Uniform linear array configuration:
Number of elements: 64
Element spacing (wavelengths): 0.75
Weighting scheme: uniform
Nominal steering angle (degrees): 60
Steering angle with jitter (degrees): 58.044
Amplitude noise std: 0.05
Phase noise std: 0.05

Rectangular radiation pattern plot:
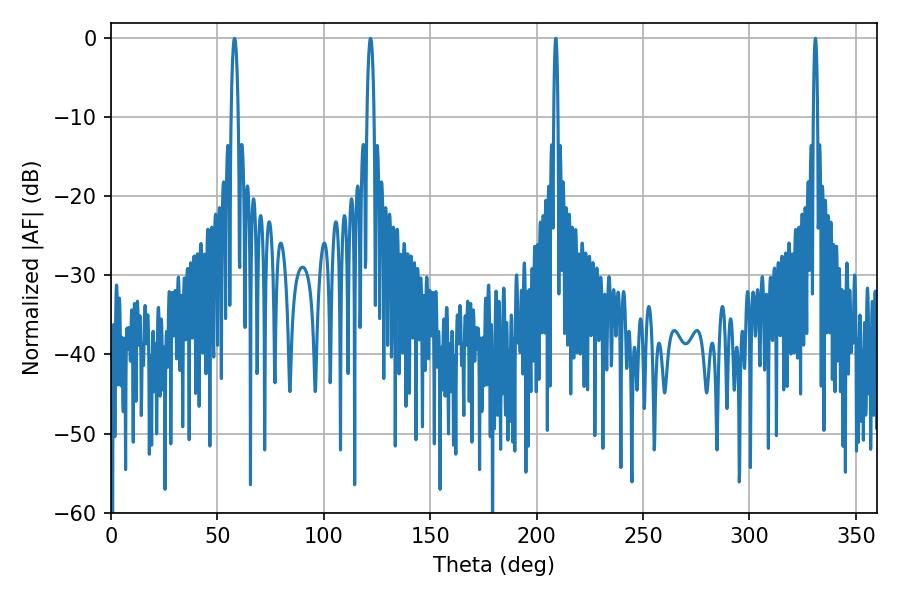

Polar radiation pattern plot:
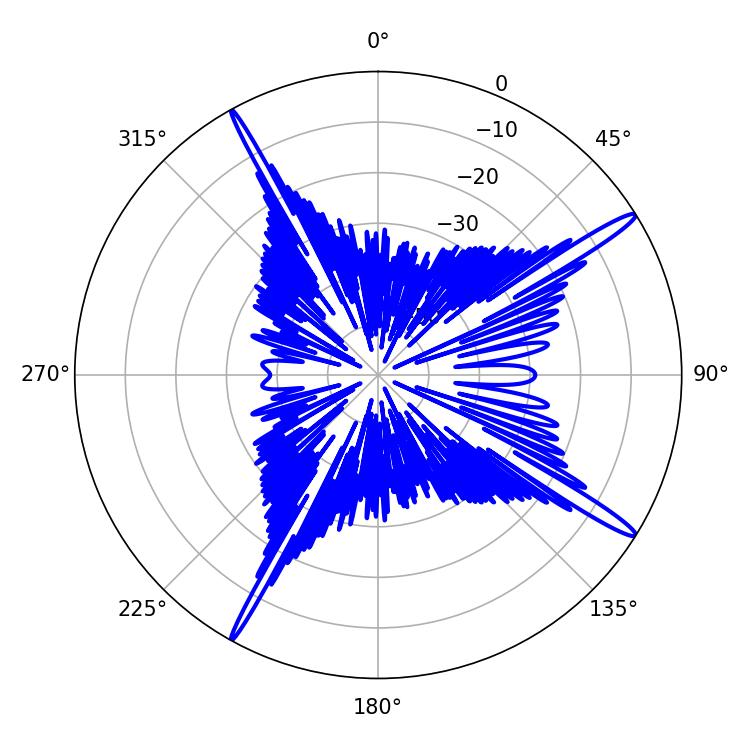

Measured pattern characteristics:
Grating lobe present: TRUE
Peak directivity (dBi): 16.603
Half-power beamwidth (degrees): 1.08
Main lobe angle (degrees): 208.98